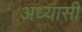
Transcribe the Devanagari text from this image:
अध्यासी